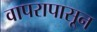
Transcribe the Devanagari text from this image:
वापरापासून